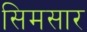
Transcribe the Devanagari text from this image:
सिमसार